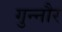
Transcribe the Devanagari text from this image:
गुन्‍नौर